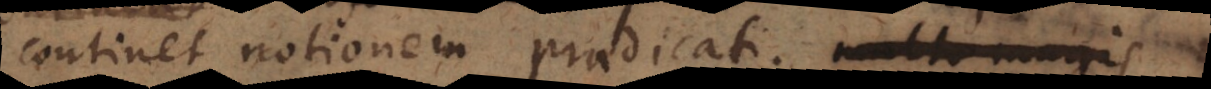
continet notionem praedicati, multo magis